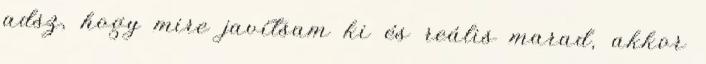
adsz, hogy mire javítsam ki és reális marad, akkor